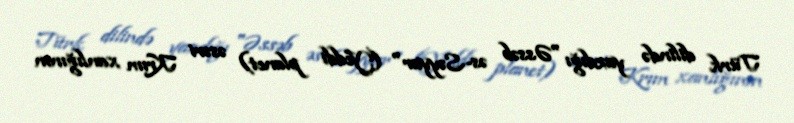
Türk dilində yazdığı "Əssəb əs-Səyyar" (Yeddi planet) əsəri Krım xanlığının